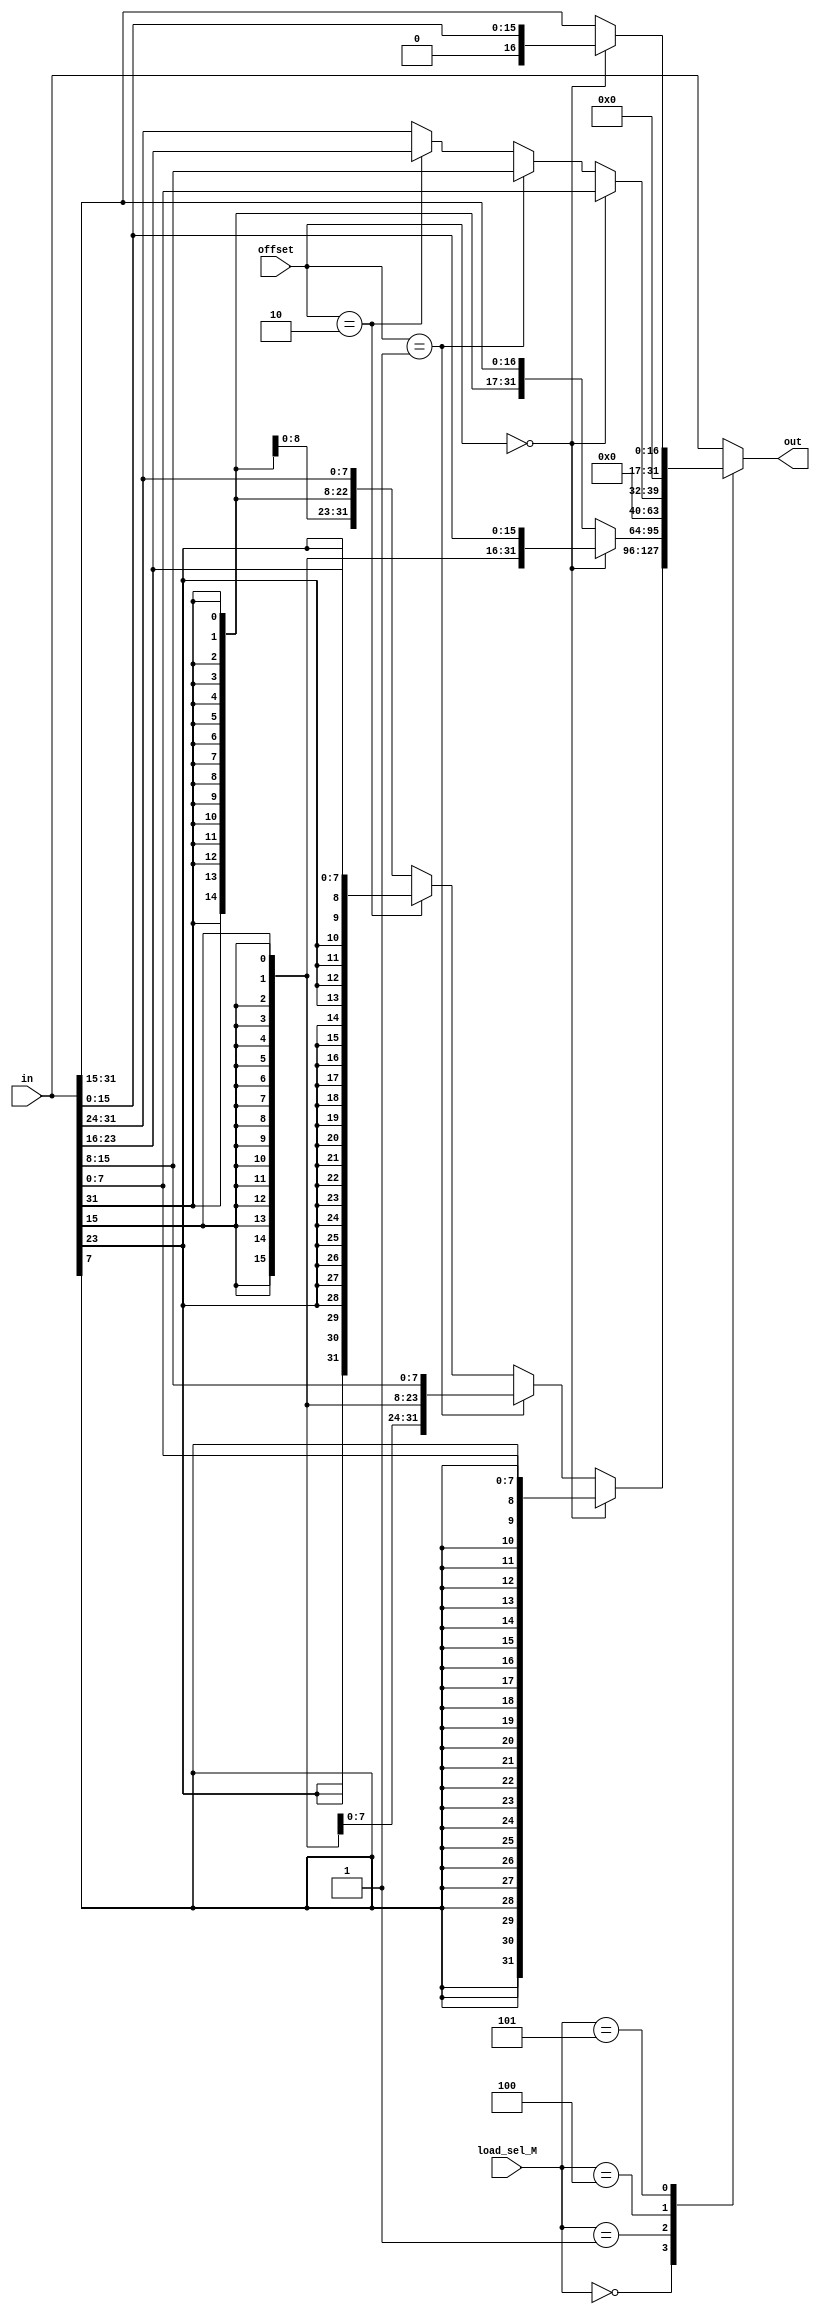
module align (
    input [31:0] in,
    input [2:0] load_sel_M,
    input [1:0] offset,
    output reg [31:0] out
);
    always @(*) begin
        case (load_sel_M)
            3'b000: begin
                if (offset == 2'b00)    out <= {{24{in[7]}}, in[7:0]};
                else if (offset == 2'b01) out <= {{24{in[15]}}, in[15:8]};
                else if (offset == 2'b10) out <= {{24{in[23]}}, in[23:16]};
                else                      out <= {{24{in[31]}}, in[31:24]};   
            end 
            3'b001: begin
                if (offset == 2'b00) out <= {{16{in[15]}}, in[15:0]};
                else                 out <= {{16{in[31]}}, in[31:15]};
            end
            3'b010: begin
                out <= in [31:0];   
            end
            3'b100: begin
                if (offset == 2'b00)      out <= {24'b0, in[7:0]};
                else if (offset == 2'b01) out <= {24'b0, in[15:8]};
                else if (offset == 2'b10) out <= {24'b0, in[23:16]};
                else                      out <= {24'b0, in[31:24]};  
            end
            3'b101: begin
                if (offset == 2'b00) out <= {16'b0, in[15:0]};
                else                 out <= {16'b0, in[31:15]};
            end
            default: out <= in;
        endcase
    end
endmodule